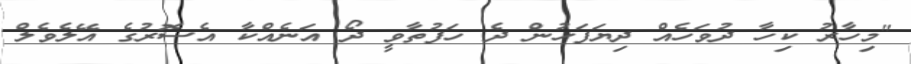
"މިހާރު ކިހާ ދުވަހެއް ދިޔަފަހުން ދެ ހަފުތާވީ ދޯ އަނެއްކާ އެސޮރުގެ އޭލެވެލް